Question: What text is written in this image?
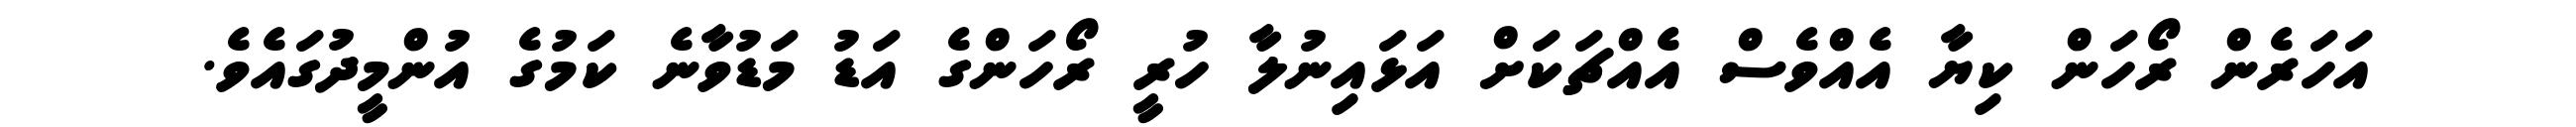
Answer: އަހަރެން ރޯހަން ކިޔާ އެއްވެސް އެއްޗަކަށް އަޅައިނުލާ ހުރީ ރޯހަންގެ އަޑު މަޑުވާނެ ކަމުގެ އުންމީދުގައެވެ.